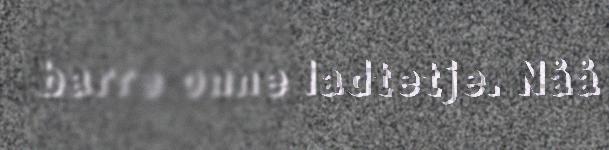
barre onne ladtetje. Nåå